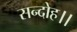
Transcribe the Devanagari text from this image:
सन्‍दोह।।